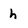
Character: h